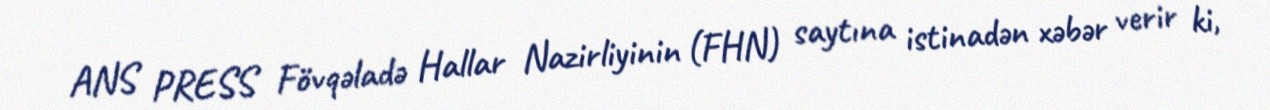
ANS PRESS Fövqəladə Hallar Nazirliyinin (FHN) saytına istinadən xəbər verir ki,